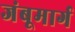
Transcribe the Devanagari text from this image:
जंबूमार्ग